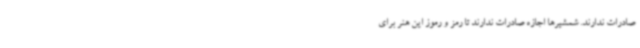
صادرات ندارند. شمشیرها اجازه صادرات ندارند تا رمز و رموز این هنر برای